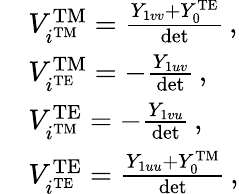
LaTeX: \begin{array}{rl}&{V_{i^{\mathrm{TM}}}^{\mathrm{TM}}=\frac{Y_{1vv}+Y_{0}^{\mathrm{TE}}}{\mathrm{det}}\, ,}\\ &{V_{i^{\mathrm{TE}}}^{\mathrm{TM}}=-\frac{Y_{1uv}}{\mathrm{det}}\, ,}\\ &{V_{i^{\mathrm{TM}}}^{\mathrm{TE}}=-\frac{Y_{1vu}}{\mathrm{det}}\, ,}\\ &{V_{i^{\mathrm{TE}}}^{\mathrm{TE}}=\frac{Y_{1uu}+Y_{0}^{\mathrm{TM}}}{\mathrm{det}}\, ,}\end{array}